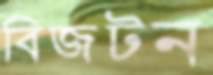
বিজটন